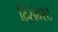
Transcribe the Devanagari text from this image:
दिसंबरट